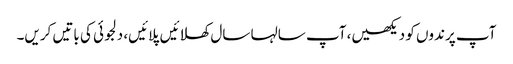
آپ پرندوں کو دیکھیں، آپ سالہا سال کھلائیں پلائیں، دلجوئی کی باتیں کریں۔